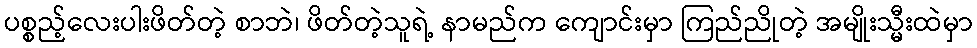
ပစ္စည့်လေးပါးဖိတ်တဲ့ စာဘဲ၊ ဖိတ်တဲ့သူရဲ့ နာမည်က ကျောင်းမှာ ကြည်ညိုတဲ့ အမျိုးသ္မီးထဲမှာ